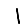
Digit: 1